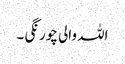
اللہ والی چورنگی ۔